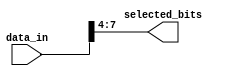
module part_select_example (
    input wire [15:0] data_in,    // Larger vector (16 bits)
    output wire [3:0] selected_bits // Selected portion (4 bits)
);

// Continuous assignment to select bits [7:4] from data_in
assign selected_bits = data_in[7:4]; // Selecting bits 7 to 4 (4 bits)

// Additional logic can be added here to manipulate selected_bits if needed
// For example, masking or shifting can be done on selected_bits

endmodule